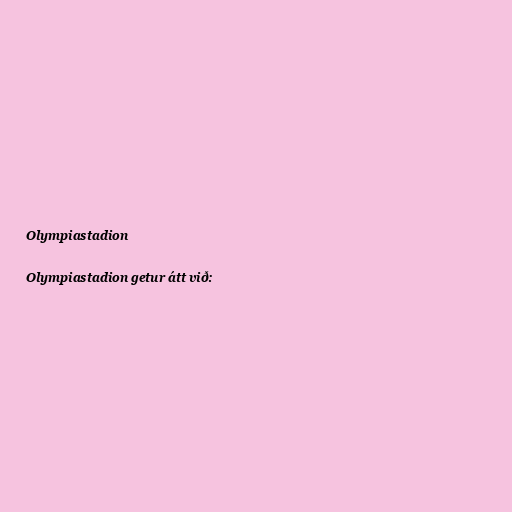
Olympiastadion

Olympiastadion getur átt við: